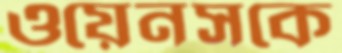
ওয়েনসকে